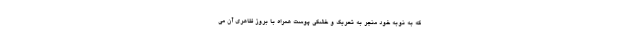
که به نوبه خود منجر به تحریک و خشکی پوست همراه با بروز ظاهری آن می